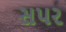
સપર